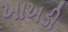
ખાખડી